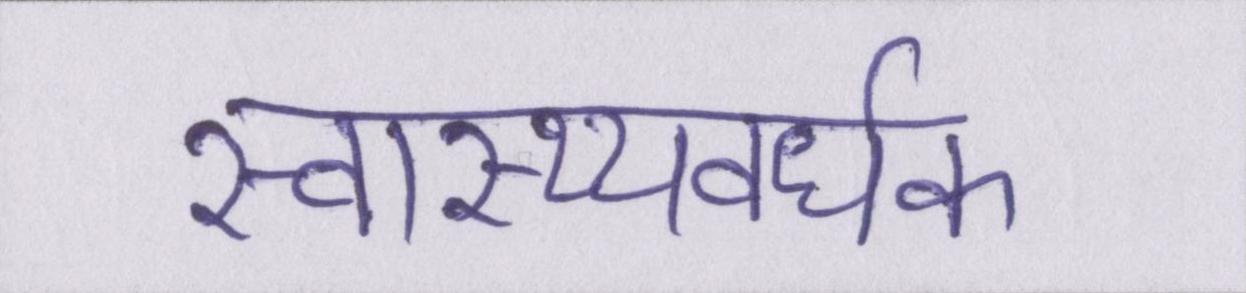
स्वास्थ्यवर्धक